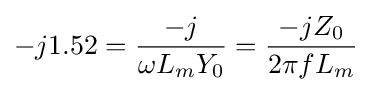
-j1.52={\frac {-j}{\omega L_{m}Y_{0}}}={\frac {-jZ_{0}}{2\pi fL_{m}}}